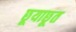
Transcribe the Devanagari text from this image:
छूयाछूत